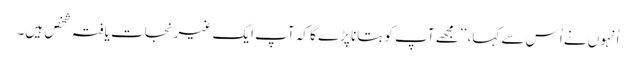
اُنہوں نے اُس سے کہا، ’’مجھے آپ کو بتانا پڑے گا کہ آپ ایک غیرنجات یافتہ شخص ہیں۔